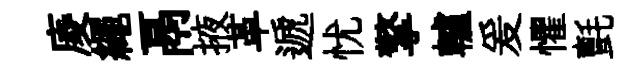
庱繩鬲掖革遞忧擎轤爰懼氈